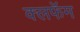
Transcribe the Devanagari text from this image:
क्लफॅम